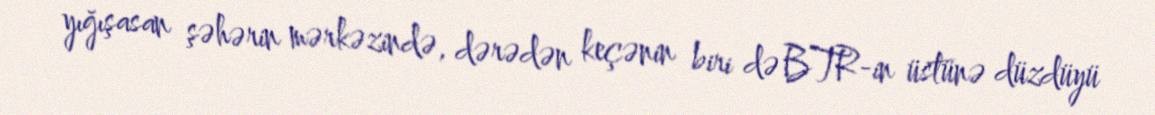
yığışasan şəhərin mərkəzində, dərədən keçənin biri də BTR-in üstünə düzdüyü